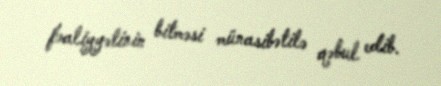
fəaliyyətinin bitməsi münasibətilə qəbul edib.